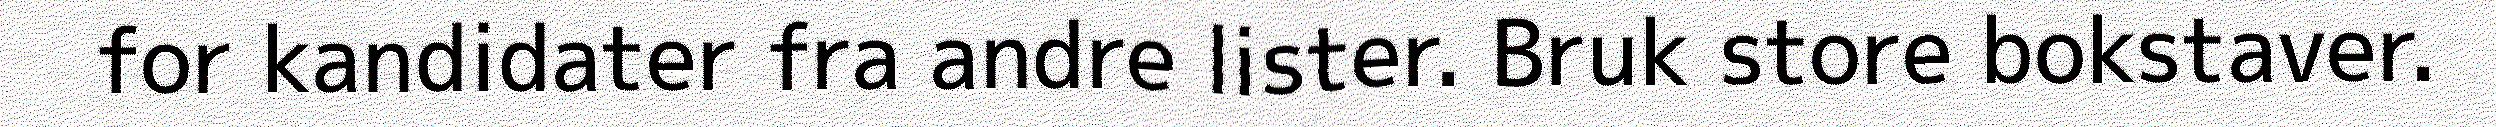
for kandidater fra andre lister. Bruk store bokstaver.